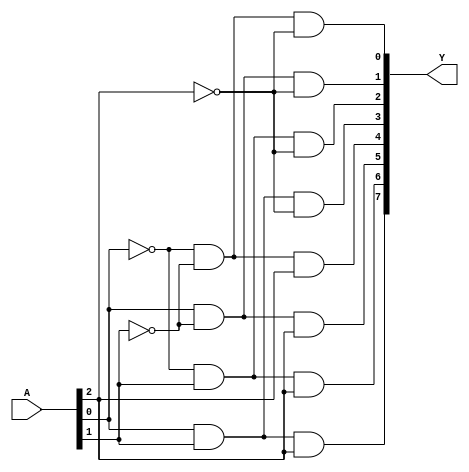
module dekoder_1(
	input [2:0] 	A,
	output [7:0] 	Y
);
				
assign Y[0] = (~A[0]) & (~A[1]) & (~A[2]);
assign Y[1] = ( A[0]) & (~A[1]) & (~A[2]);
assign Y[2] = (~A[0]) & ( A[1]) & (~A[2]);
assign Y[3] = ( A[0]) & ( A[1]) & (~A[2]);
assign Y[4] = (~A[0]) & (~A[1]) & ( A[2]);
assign Y[5] = ( A[0]) & (~A[1]) & ( A[2]);
assign Y[6] = (~A[0]) & ( A[1]) & ( A[2]);
assign Y[7] = ( A[0]) & ( A[1]) & ( A[2]);

endmodule

//zadania:
//1 implementacja